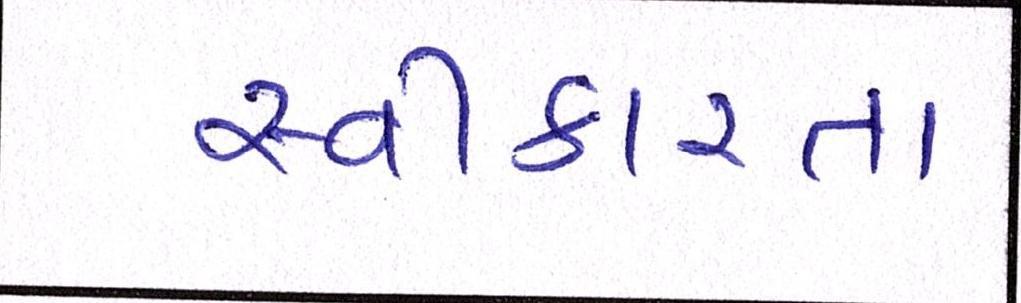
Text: સ્વીકારતા